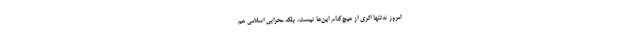
امروز نه‌تنها اثری از هیچ‌کدام این‌ها نیست، بلکه محرابی اسلامی هم